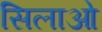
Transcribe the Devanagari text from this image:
सिलाओ